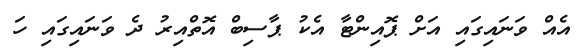
އެއް ވަނައިގައި އަށް ޕޮއިންޓާ އެކު ޕާސިބް އޮތްއިރު ދެ ވަނައިގައި ހަ